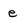
Character: e